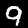
Digit: 9